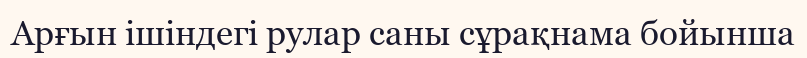
Арғын ішіндегі рулар саны сұрақнама бойынша